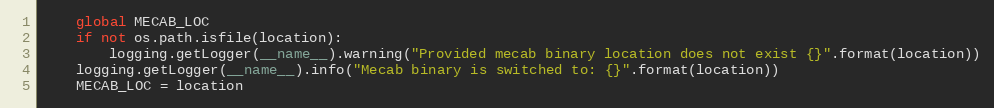
Language: Python
    global MECAB_LOC
    if not os.path.isfile(location):
        logging.getLogger(__name__).warning("Provided mecab binary location does not exist {}".format(location))
    logging.getLogger(__name__).info("Mecab binary is switched to: {}".format(location))
    MECAB_LOC = location